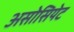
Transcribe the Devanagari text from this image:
असोसियेट